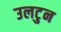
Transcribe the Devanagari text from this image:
उलटुन